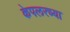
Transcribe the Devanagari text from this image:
केपलरच्या